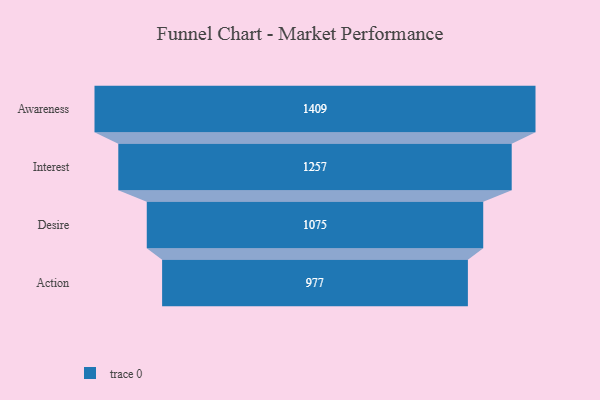
{"axis": {"x": "Stage", "y": "Value"}, "legend": [""], "data": [{"x": "Awareness", "y": 1409.0, "type": ""}, {"x": "Interest", "y": 1257.0, "type": ""}, {"x": "Desire", "y": 1075.0, "type": ""}, {"x": "Action", "y": 977.0, "type": ""}]}